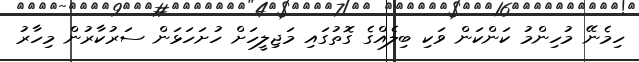
ހިމެނޭ މުހިންމު ކަންކަން ވަކި ބިލެއްގެ ގޮތުގައި މަޖިލީހަށް ހުށަހަޅަން ސަރުކާރުން މިހާރު